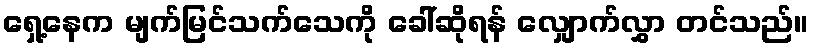
ရှေ့နေက မျက်မြင်သက်သေကို ခေါ်ဆိုရန် လျှောက်လွှာ တင်သည်။